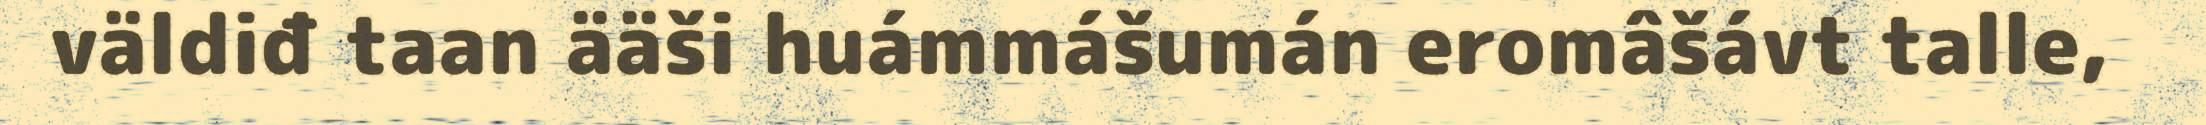
väldiđ taan ääši huámmášumán eromâšávt talle,